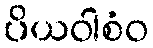
ပိယဝါစံဝ